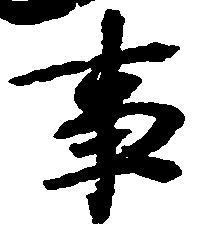
事